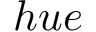
h u e